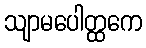
သျာမပေါတ္ထကေ